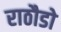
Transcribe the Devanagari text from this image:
राठौडो